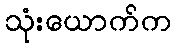
သုံးယောက်က